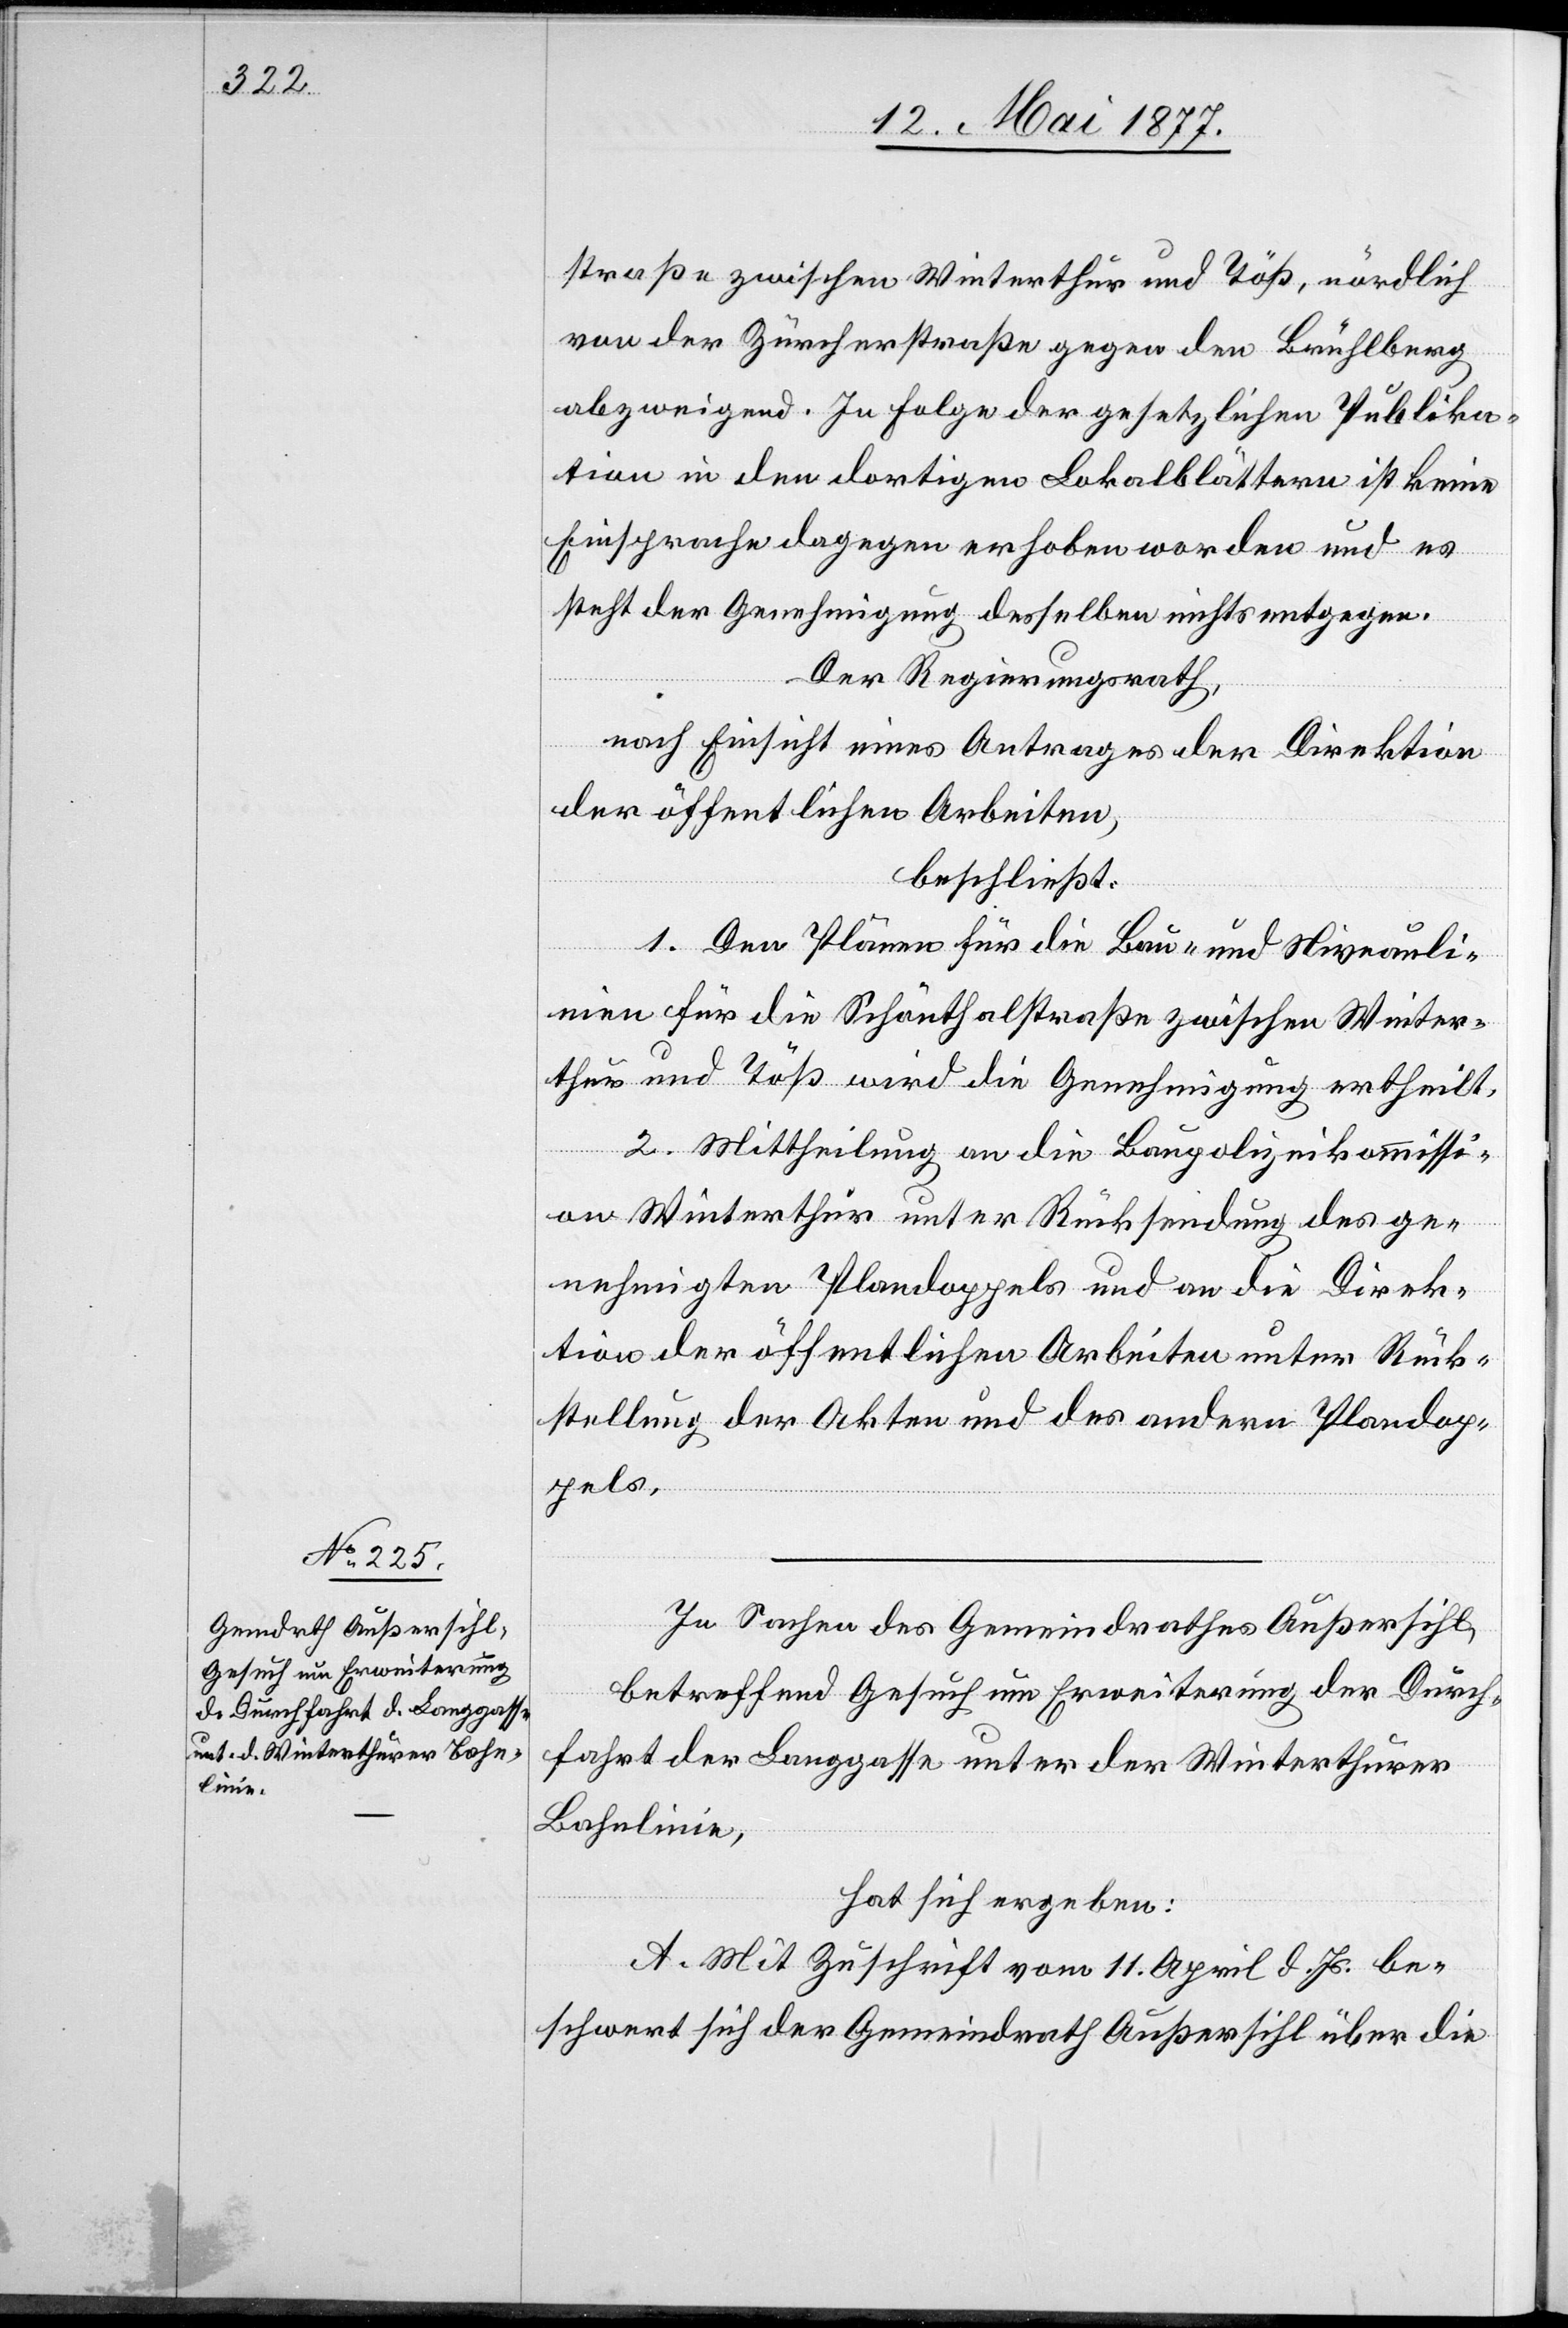
straße zwischen Winterthur und Töß, nördlich
von der Zürcherstraße gegen den Brühlberg
abzweigend. In Folge der gesetzlichen Publika¬
tion in den dortigen Lokalblättern ist keine
Einsprache dagegen erhoben worden und es
steht der Genehmigung desselben [sic!] nichts entgegen.
Der Regierungsrath,
nach Einsicht eines Antrages der Direktion
der öffentlichen Arbeiten,
beschließt:
1. Den Plänen für die Bau- und Niveauli¬
nien für die Schönthalstraße zwischen Winter¬
thur und Töß wird die Genehmigung ertheilt.
2. Mittheilung an die Baupolizeikommissi¬
on Winterthur unter Rücksendung des ge¬
nehmigten Plandoppels und an die Direk¬
tion der öffentlichen Arbeiten unter Rück¬
stellung der Akten und des andern Plandop¬
pels.
In Sachen des Gemeindrathes Außersihl,
betreffend Gesuch um Erweiterung der Durch¬
fahrt der Langgasse unter der Winterthurer
Bahnlinie,
hat sich ergeben:
A. Mit Zuschrift vom 11. April d. Js. be¬
schwert sich der Gemeindrath Außersihl über die